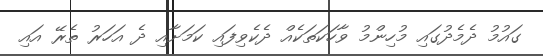
ގައުމު ދެމެދުގައި މުހިންމު ވާހަކަތަކެއް ދެކެވިފައި ކަމަށާއި ދެ އަހަރު ތެރޭ އައި